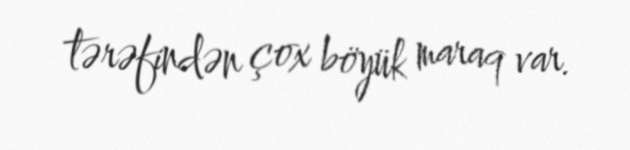
tərəfindən çox böyük maraq var.